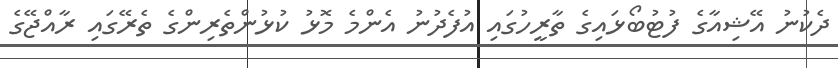
ދެކުނު އޭޝިއާގެ ފުޓުބޯޅައިގެ ތާރީހުގައި އުފެދުނު އެންމެ މޮޅު ކުޅުންތެރިންގެ ތެރޭގައި ރާއްޖޭގެ